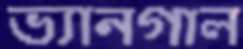
ভ্যানগাল